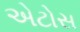
એટોસ